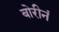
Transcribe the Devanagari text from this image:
बोरीनं